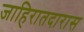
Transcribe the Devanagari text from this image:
जाहिरातदारास